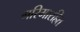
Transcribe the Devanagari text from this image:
गरिमारहित